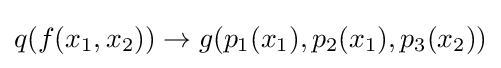
q(f(x_{1},x_{2}))\to g(p_{1}(x_{1}),p_{2}(x_{1}),p_{3}(x_{2}))